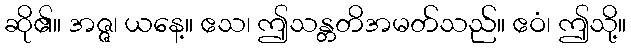
ဆို၏။ အဇ္ဇ၊ ယနေ့။ ဧသ၊ ဤသန္တတိအမတ်သည်။ ဧဝံ၊ ဤသို့။